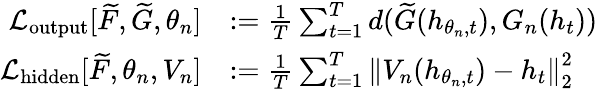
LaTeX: \begin{array}{rl}{\mathcal{L}_{\mathrm{output}}[\widetilde{F},\widetilde{G},\theta_{n}]}&{:=\frac{1}{T}\sum_{t=1}^{T}d(\widetilde{G}(h_{\theta_{n},t}),G_{n}(h_{t}))}\\ {\mathcal{L}_{\mathrm{hidden}}[\widetilde{F},\theta_{n},V_{n}]}&{:=\frac{1}{T}\sum_{t=1}^{T}\left\| V_{n}(h_{\theta_{n},t})-h_{t}\right\| _{2}^{2}}\end{array}